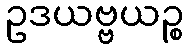
ဥဒယဗ္ဗယဉ္စ